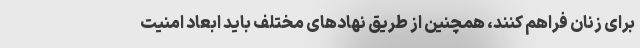
برای زنان فراهم کنند، همچنین از طریق نهادهای مختلف باید ابعاد امنیت